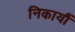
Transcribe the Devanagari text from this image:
निकायौं